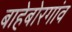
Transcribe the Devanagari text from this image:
बाहेबोरगांव